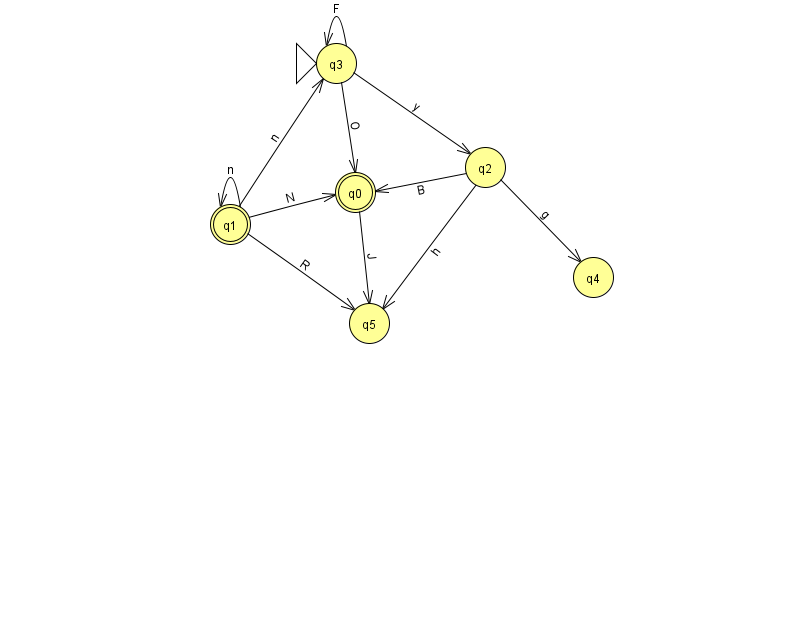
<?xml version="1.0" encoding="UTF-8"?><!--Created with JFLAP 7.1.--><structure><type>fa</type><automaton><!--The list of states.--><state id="0" name="q0"><x>355.0</x><y>179.0</y><final/></state><state id="1" name="q1"><x>230.0</x><y>211.0</y><final/></state><state id="2" name="q2"><x>485.0</x><y>154.0</y></state><state id="3" name="q3"><x>336.0</x><y>50.0</y><initial/></state><state id="4" name="q4"><x>593.0</x><y>264.0</y></state><state id="5" name="q5"><x>369.0</x><y>310.0</y></state><!--The list of transitions.--><transition><from>3</from><to>2</to><read>y</read></transition><transition><from>1</from><to>0</to><read>N</read></transition><transition><from>2</from><to>0</to><read>B</read></transition><transition><from>2</from><to>4</to><read>g</read></transition><transition><from>3</from><to>3</to><read>F</read></transition><transition><from>3</from><to>0</to><read>O</read></transition><transition><from>1</from><to>5</to><read>R</read></transition><transition><from>1</from><to>3</to><read>n</read></transition><transition><from>0</from><to>5</to><read>J</read></transition><transition><from>1</from><to>1</to><read>n</read></transition><transition><from>2</from><to>5</to><read>h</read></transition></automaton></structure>